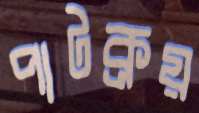
পাটক্রয়